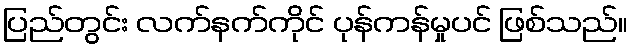
ပြည်တွင်း လက်နက်ကိုင် ပုန်ကန်မှုပင် ဖြစ်သည်။